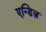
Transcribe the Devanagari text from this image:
एन्डिज़